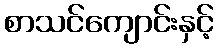
စာသင်ကျောင်းနှင့်